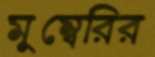
মুম্বেরির